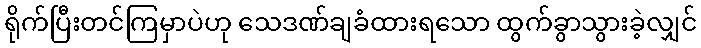
ရိုက်ပြီးတင်ကြမှာပဲဟု သေဒဏ်ချခံထားရသော ထွက်ခွာသွားခဲ့လျှင်